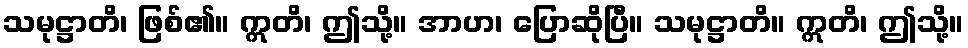
သမုဋ္ဌာတိ၊ ဖြစ်၏။ ဣတိ၊ ဤသို့။ အာဟ၊ ပြောဆိုပြီ။ သမုဋ္ဌာတိ။ ဣတိ၊ ဤသို့။